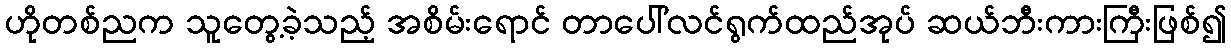
ဟိုတစ်ညက သူတွေ့ခဲ့သည့် အစိမ်းရောင် တာပေါ်လင်ရွက်ထည်အုပ် ဆယ်ဘီးကားကြီးဖြစ်၍